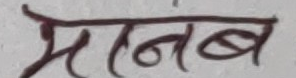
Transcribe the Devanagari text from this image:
मानव